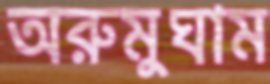
অরুমুঘাম